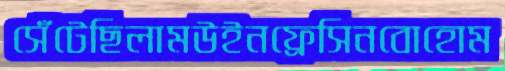
সেঁটেছিলামউইনফ্রেসিনবোহোম